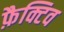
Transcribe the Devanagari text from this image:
फ़ैक्टिव